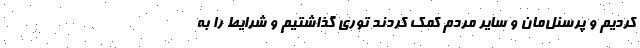
کردیم و پرسنل‌مان و سایر مردم کمک کردند توری گذاشتیم و شرایط را به